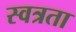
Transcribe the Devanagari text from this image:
स्वत्रता